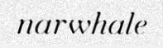
narwhale